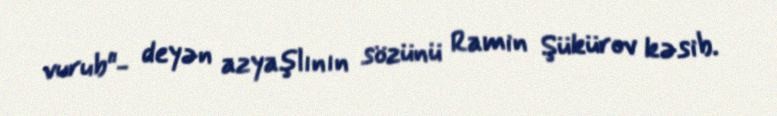
vurub"- deyən azyaşlının sözünü Ramin Şükürov kəsib.